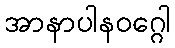
အာနာပါနဝဂ္ဂေါ